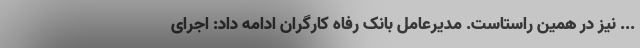
... نیز در همین راستاست. مدیرعامل بانک رفاه کارگران ادامه داد: اجرای